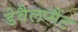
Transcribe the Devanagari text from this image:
डेवैलप्मैंट